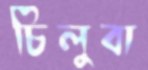
চিলুবা